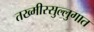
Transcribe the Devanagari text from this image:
तख्मीस्सुल्लुगात